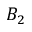
B _ { 2 }